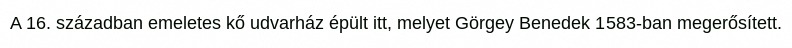
A 16. században emeletes kő udvarház épült itt, melyet Görgey Benedek 1583-ban megerősített.